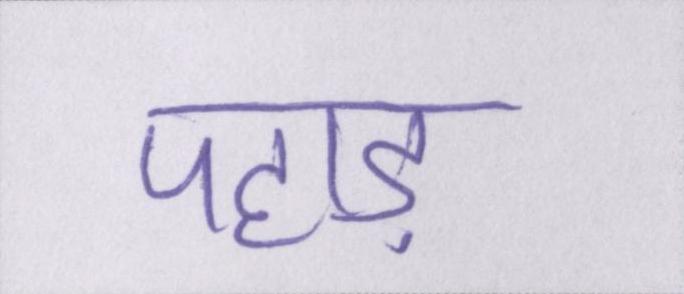
पहाड़